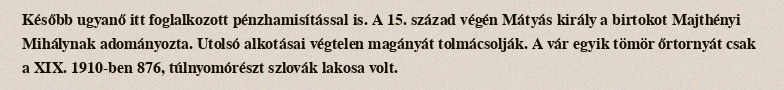
Később ugyanő itt foglalkozott pénzhamisítással is. A 15. század végén Mátyás király a birtokot Majthényi Mihálynak adományozta. Utolsó alkotásai végtelen magányát tolmácsolják. A vár egyik tömör őrtornyát csak a XIX. 1910-ben 876, túlnyomórészt szlovák lakosa volt.